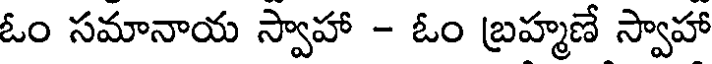
ఓం సమానాయ స్వాహా - ఓం బ్రహ్మణే స్వాహా